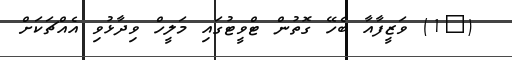
(@1) ވަޒީފާއާ ބެހޭ ގޮތުން ޓްވީޓުގައި މަލީހް ވިދާޅުވި އެއްޗަކަށް